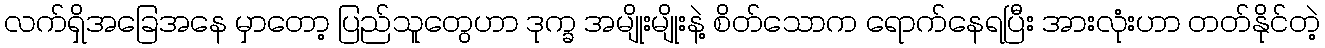
လက်ရှိအခြေအနေ မှာတော့ ပြည်သူတွေဟာ ဒုက္ခ အမျိုးမျိုးနဲ့ စိတ်သောက ရောက်နေရပြီး အားလုံးဟာ တတ်နိုင်တဲ့